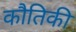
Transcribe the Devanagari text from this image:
कौतिकी